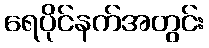
ရေပိုင်နက်အတွင်း